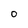
Character: O